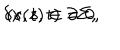
LaTeX: \delta x ( s , t ) = 0 , \hspace { 2 m m } ( s , t ) \in \partial \Sigma ,